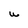
Character: U